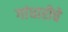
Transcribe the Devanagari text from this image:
गांधारीचे